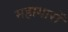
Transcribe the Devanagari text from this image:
महागारों